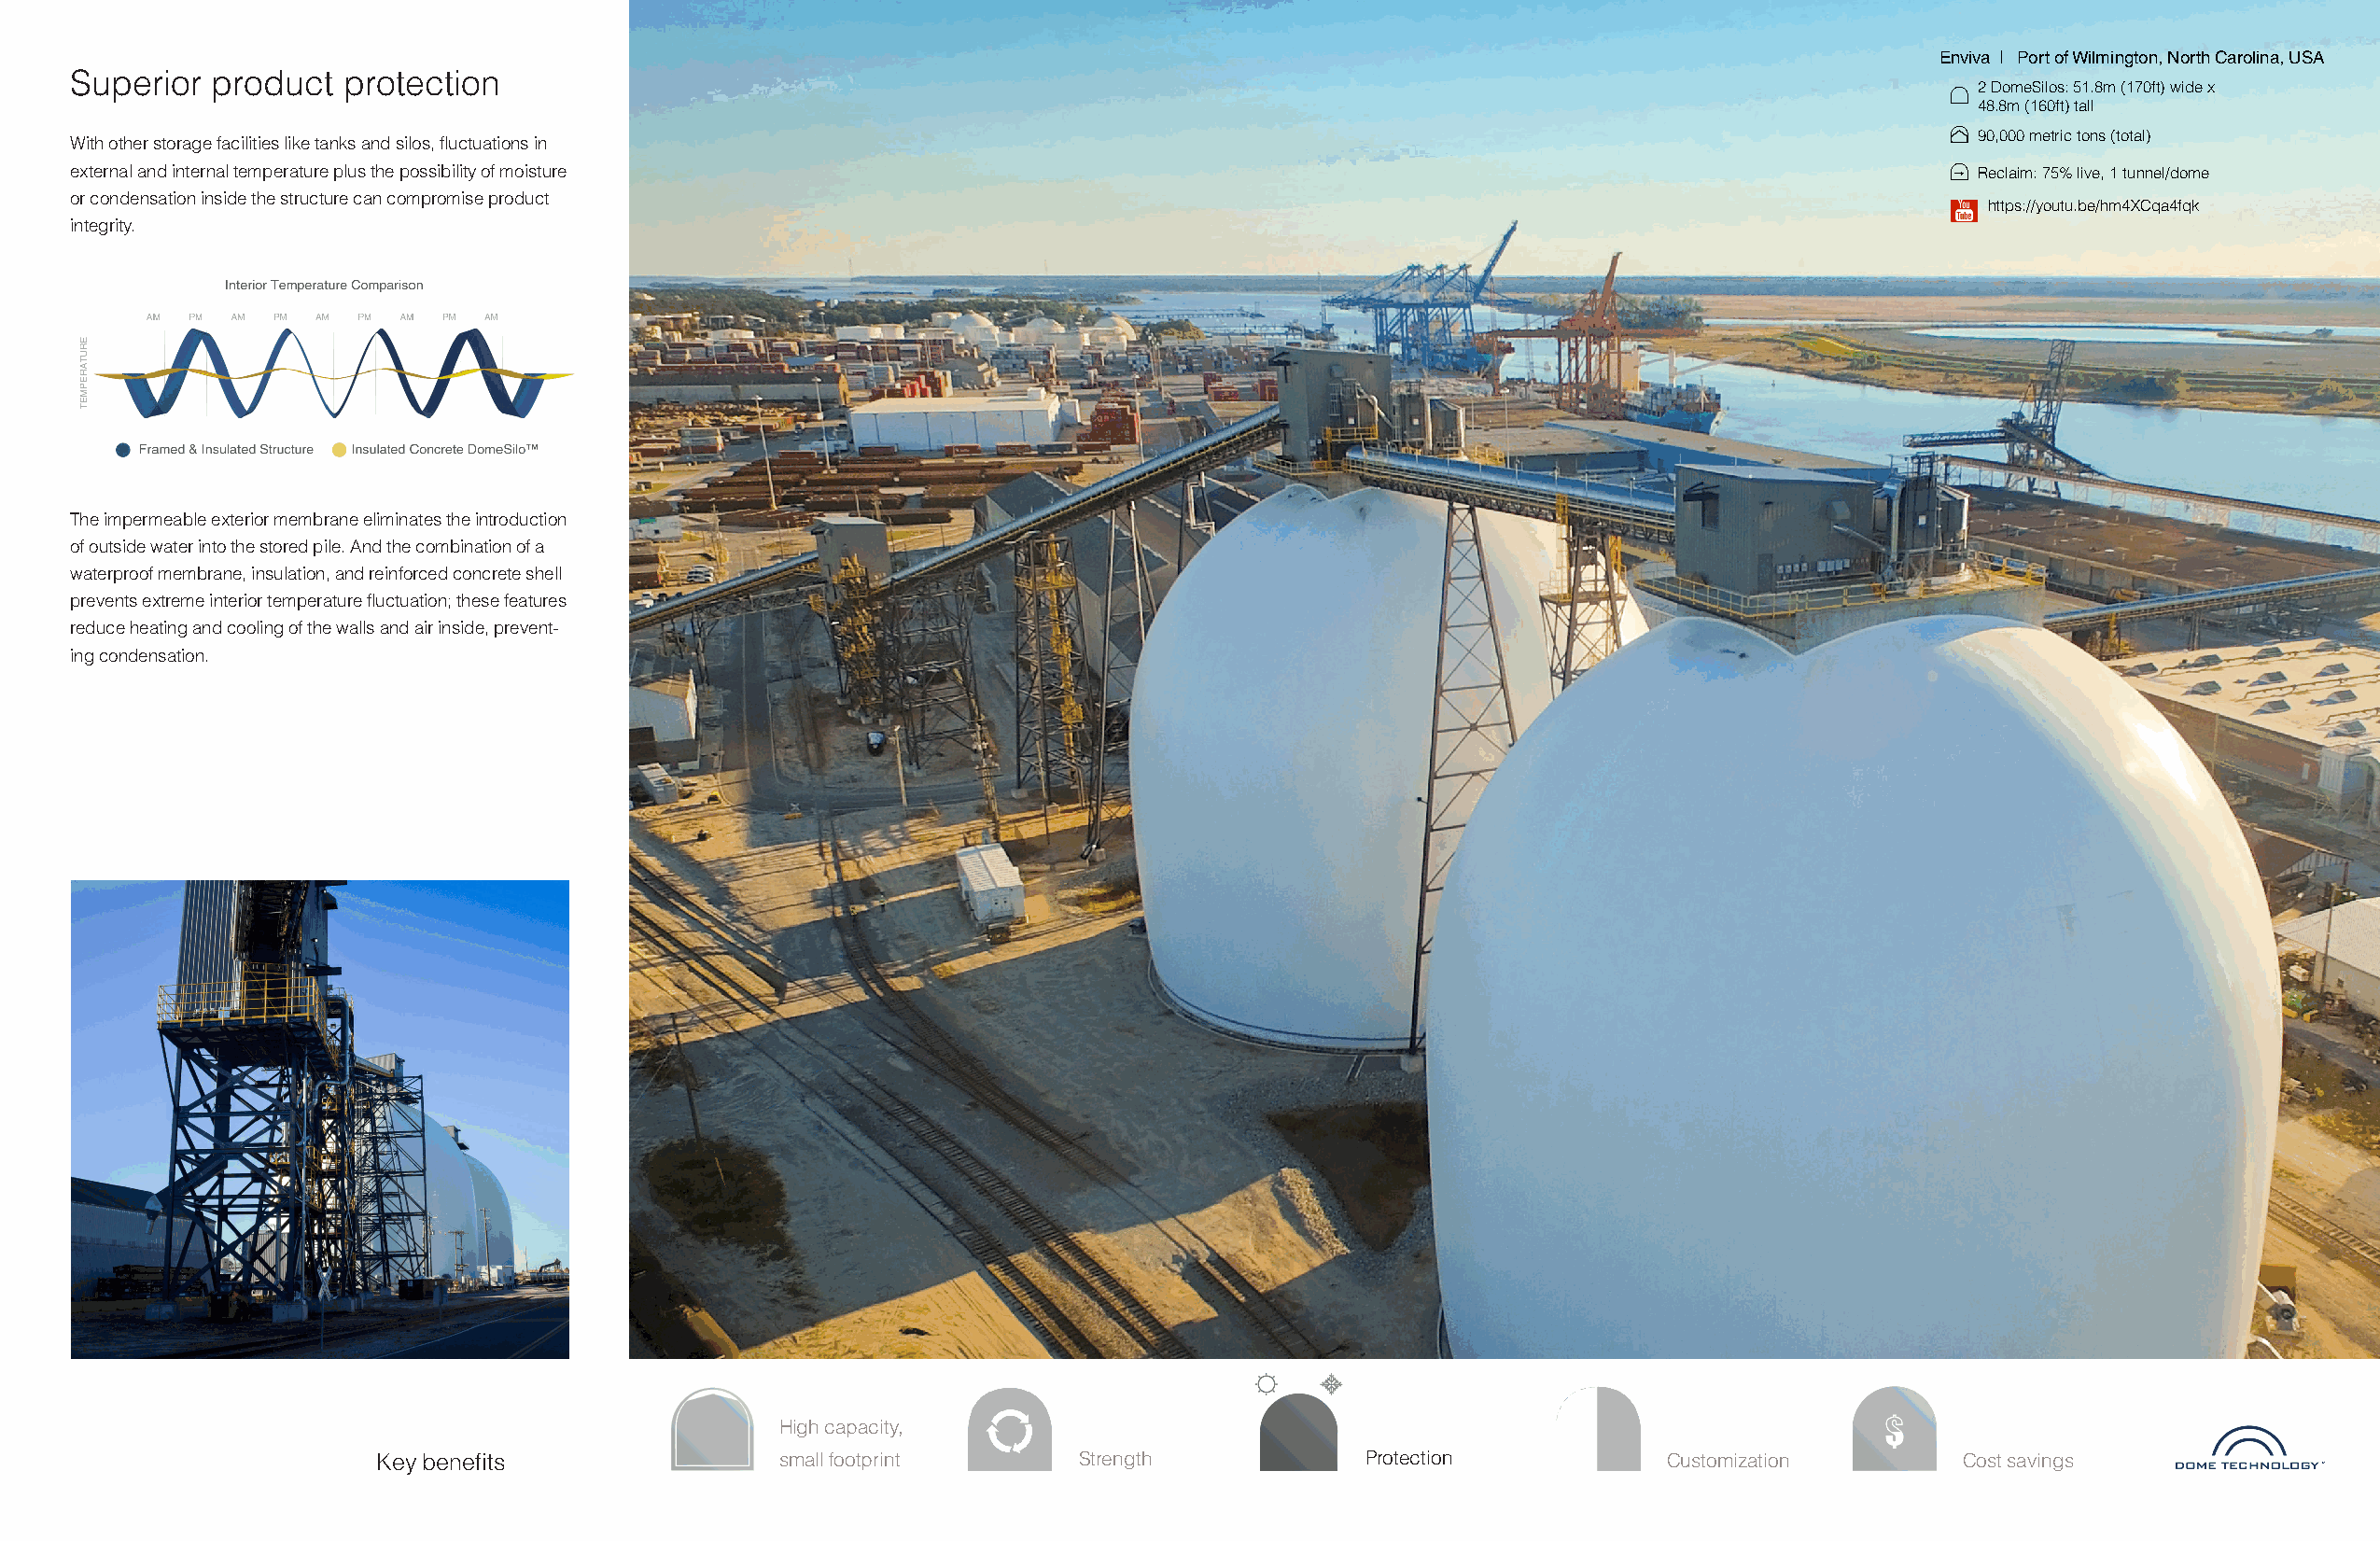
Enviva | Port of Wilmington, North Carolina, USA
 Superior  product  protection
 2 DomeSilos: 51.8m (170ft) wide x
 48.8m (160ft) tall
 With other storage facilities like tanks and silos, fluctuations in                                                                    90,000 metric tons (total)
 external and internal temperature plus the possibility of moisture                                                                     Reclaim: 75% live, 1 tunnel/dome
 or condensation inside the structure can compromise product
 https://youtu.be/hm4XCqa4fqk
 integrity.
 The impermeable exterior membrane eliminates the introduction
 of outside water into the stored pile. And the combination of a
 waterproof membrane, insulation, and reinforced concrete shell
 prevents extreme interior temperature fluctuation; these features
 reduce heating and cooling of the walls and air inside, prevent-
 ing condensation.
 High capacity,
 Key benefits                small footprint       Strength            Protection           Customization        Cost savings
 TM